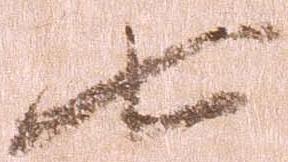
七